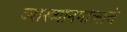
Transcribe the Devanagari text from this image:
व्याख्यानमालांचे